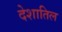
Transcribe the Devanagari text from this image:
देशातिल